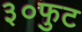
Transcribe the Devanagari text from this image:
३०फुट